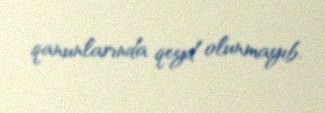
qanunlarında qeyd olunmayıb.